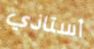
أستاذي